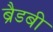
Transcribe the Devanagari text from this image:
ब्रैडबी